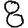
Digit: 8